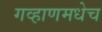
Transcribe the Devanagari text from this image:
गव्हाणमधेच